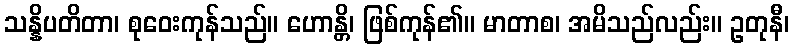
သန္နိပတိတာ၊ စုဝေးကုန်သည်။ ဟောန္တိ၊ ဖြစ်ကုန်၏။ မာတာစ၊ အမိသည်လည်း။ ဥတုနီ၊